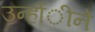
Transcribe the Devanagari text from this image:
उन्होंीने